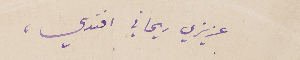
عزيزي ريحاني افندي،